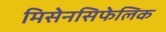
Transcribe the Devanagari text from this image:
मिसेनसिफेलिक